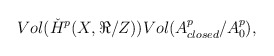
\begin{align*}Vol(\check{H}^p(X,\Re{}/Z))Vol(A^p_{closed}/A^p_0),\end{align*}